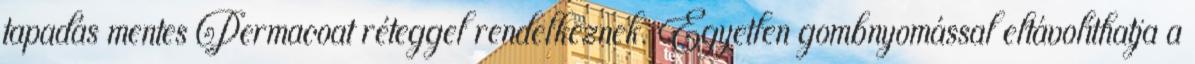
tapadás mentes Permacoat réteggel rendelkeznek. Egyetlen gombnyomással eltávolíthatja a